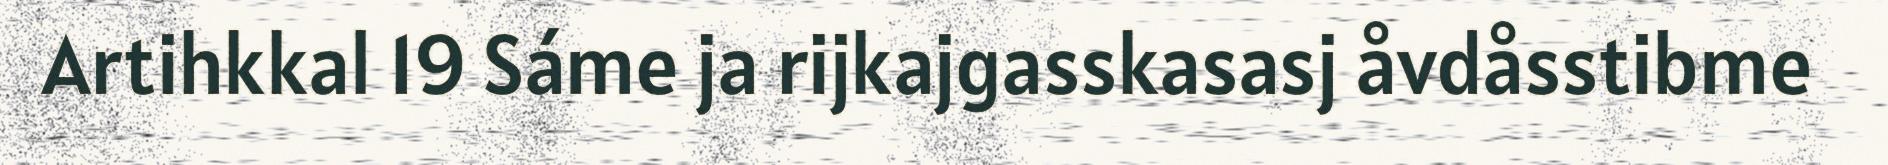
Artihkkal 19 Sáme ja rijkajgasskasasj åvdåsstibme